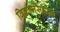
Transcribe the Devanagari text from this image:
विक्रमसिंहराव